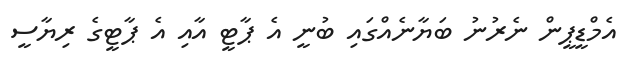
އެމްޑީޕީން ނެރުނު ބަޔާނެއްގައި ބުނީ އެ ޕާޓީ އާއި އެ ޕާޓީގެ ރިޔާސީ